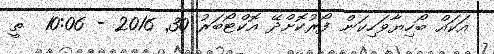
އަކައް ބޯހިޔާވަހިކަން ފޯރުކޮށްދޭ އޮކްޓޯބަރު 30